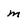
Character: m